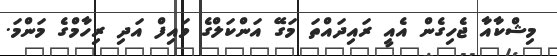
މިޝްކާއާ ޖެހިގެން އެއީ ރައިދައްތަ މަގޭ އަންކަލްގެ ވައިފް އަދި ރިހާމްގެ މަންމަ.